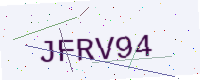
Text: JFRV94